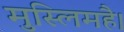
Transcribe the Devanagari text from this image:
मुस्लिमहै।